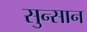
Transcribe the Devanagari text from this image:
सुन्सान